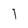
Character: l